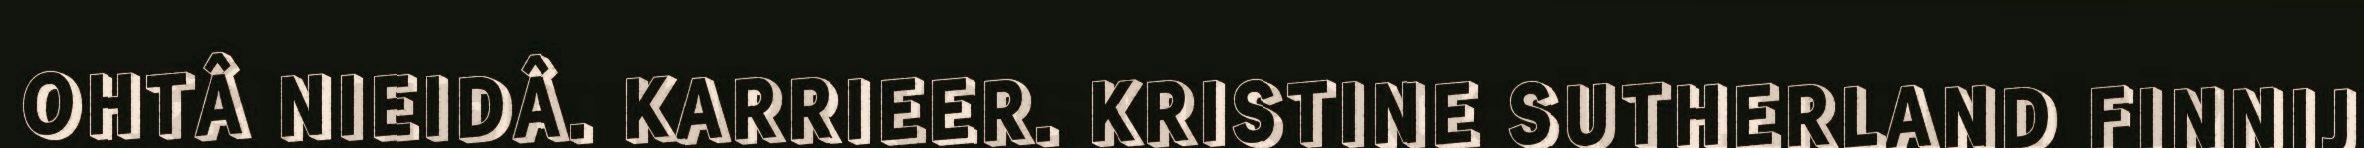
OHTÂ NIEIDÂ. KARRIEER. KRISTINE SUTHERLAND FINNIJ